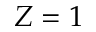
Z = 1